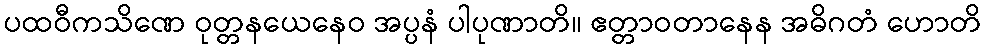
ပထဝီကသိဏေ ဝုတ္တနယေနေဝ အပ္ပနံ ပါပုဏာတိ။ ဧတ္တာဝတာနေန အဓိဂတံ ဟောတိ